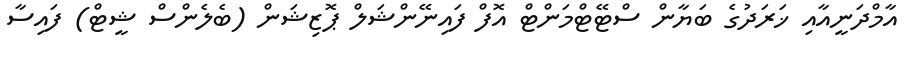
އާމްދަނީއާއި ޚަރަދުގެ ބަޔާން ސްޓޭޓްމަންޓް އޮފް ފައިނޭންޝަލް ޕޮޒިޝަން (ބެލެންސް ޝީޓް) ފައިސާ